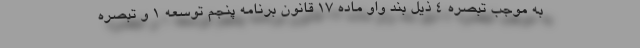
به موجب تبصره 4 ذیل بند واو ماده 17 قانون برنامه پنجم توسعه 1 و تبصره